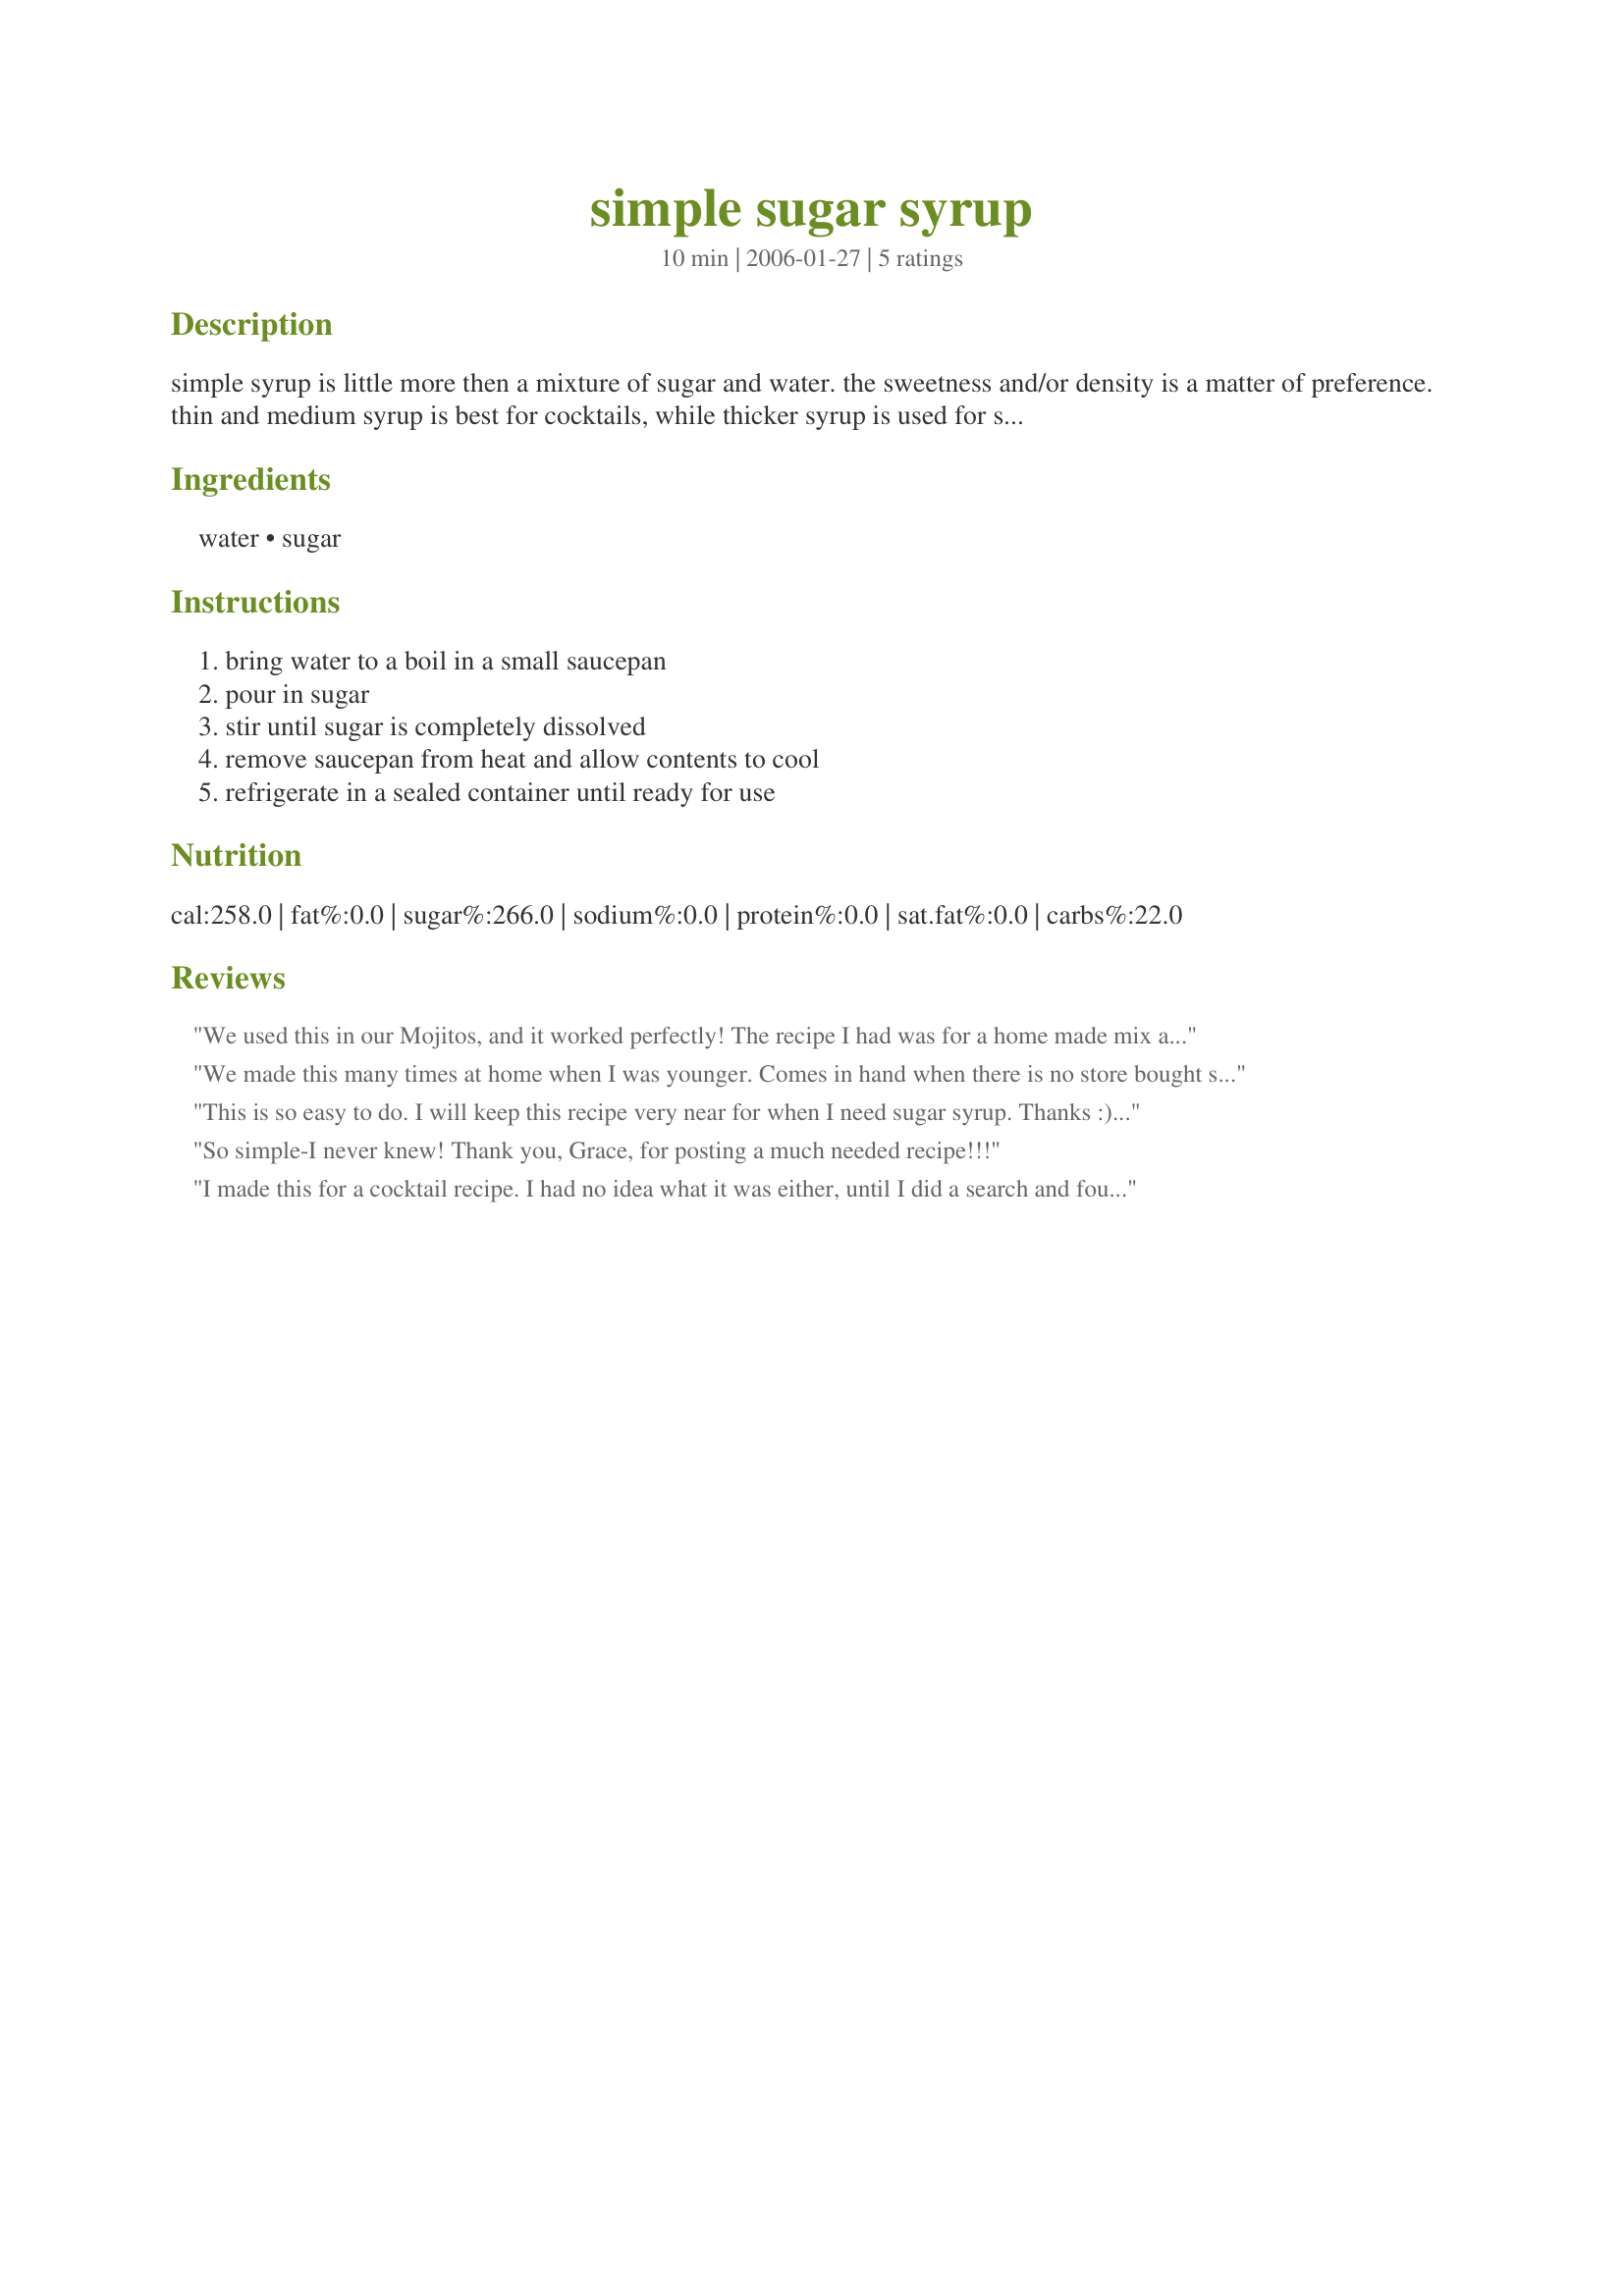
simple sugar syrup
Preparation time: 10 minutes

simple syrup is little more then a mixture of sugar and water. the sweetness and/or density is a matter of preference. thin and medium syrup is best for cocktails, while thicker syrup is used for sundaes, fountain drinks and deserts.

Ingredients:
water, sugar

Steps:
bring water to a boil in a small saucepan, pour in sugar, stir until sugar is completely dissolved, remove saucepan from heat and allow contents to cool, refrigerate in a sealed container until ready for use

Reviews:
We used this in our Mojitos, and it worked perfectly! The recipe I had was for a home made mix and called for simple sugar (I must admit I had no idea what simple sugar was... turns out it is a simple sugar water mix LOL) and I was delighted that I found your recipe. Thanks so much for posting your recipe, it has become a regular at our home ;)
We made this many times at home when I was younger. Comes in hand when there is no store bought syrup in the house. Thanks for posting & bringing back fond childhood memories.
This is so easy to do. I will keep this recipe very near for when I need sugar syrup. Thanks :) Made for Name that ingredient tag game
So simple-I never knew! Thank you, Grace, for posting a much needed recipe!!!
I made this for a cocktail recipe. I had no idea what it was either, until I did a search and found your recipe! lol Thanks for posting! I took a pic, but it's not as nice as the one already shown here, so I won't post it!
